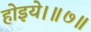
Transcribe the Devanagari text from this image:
होइये।॥७॥